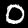
Label: 0